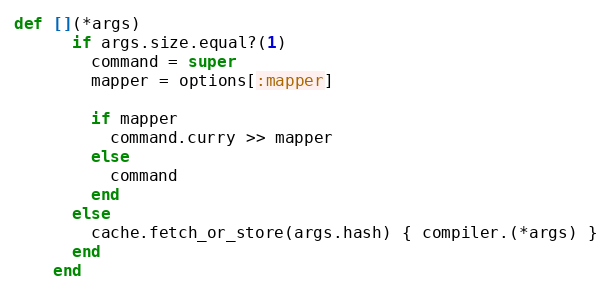
Language: Ruby
def [](*args)
      if args.size.equal?(1)
        command = super
        mapper = options[:mapper]

        if mapper
          command.curry >> mapper
        else
          command
        end
      else
        cache.fetch_or_store(args.hash) { compiler.(*args) }
      end
    end